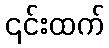
၎င်းထက်